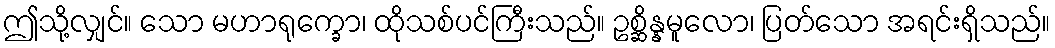
ဤသို့လျှင်။ သော မဟာရုက္ခော၊ ထိုသစ်ပင်ကြီးသည်။ ဥစ္ဆိန္နမူလော၊ ပြတ်သော အရင်းရှိသည်။